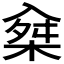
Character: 𠓲